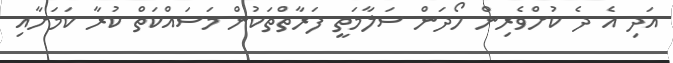
އަދި އެ ދެ ކުށްވެރިން ހޯދަން ސަލާމަތީ ފަރާތްތަކުން މަސައްކަތް ކުރާ ކަމަށާއި